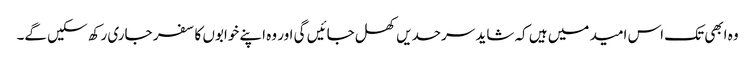
وہ ابھی تک اس امید میں ہیں کہ شاید سرحدیں کھل جائیں گی اور وہ اپنے خوابوں کا سفر جاری رکھ سکیں گے۔